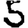
Digit: 5